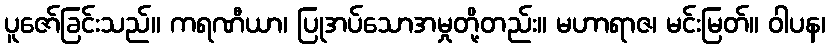
ပူဇော်ခြင်းသည်။ ကရဏီယာ၊ ပြုအပ်သောအမှုတို့တည်း။ မဟာရာဇ၊ မင်းမြတ်။ ဝါပန၊